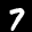
Label: 7